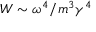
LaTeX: W \sim \omega ^ { 4 } / m ^ { 3 } \gamma ^ { 4 }